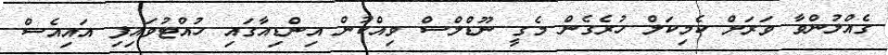
ގެއްލުންވާ ވަރަށް ކެމިކަލް ހުރެގެން މެގީ ނޫޑްލްސް ވިއްކުން އިންޑިއާގައި ހުއްޓުވައިފި އައިއެސް